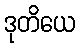
ဒုတိယေ